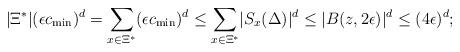
LaTeX: \begin{align*}\lvert\Xi^{*}\rvert (\epsilon c_{\min})^{d}=\sum_{x\in\Xi^{*}}(\epsilon c_{\min})^{d}\leq \sum_{x\in\Xi^{*}}\lvert S_{x}(\Delta)\rvert^{d}\leq \lvert B(z,2\epsilon)\rvert^{d}\leq (4\epsilon)^{d};\end{align*}